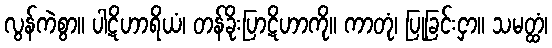
လွန်ကဲစွာ။ ပါဋိဟာရိယံ၊ တန်ခိုးပြာဋိဟာကို။ ကာတုံ၊ ပြုခြင်းငှာ။ သမတ္ထံ၊